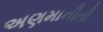
અણમાનીતી